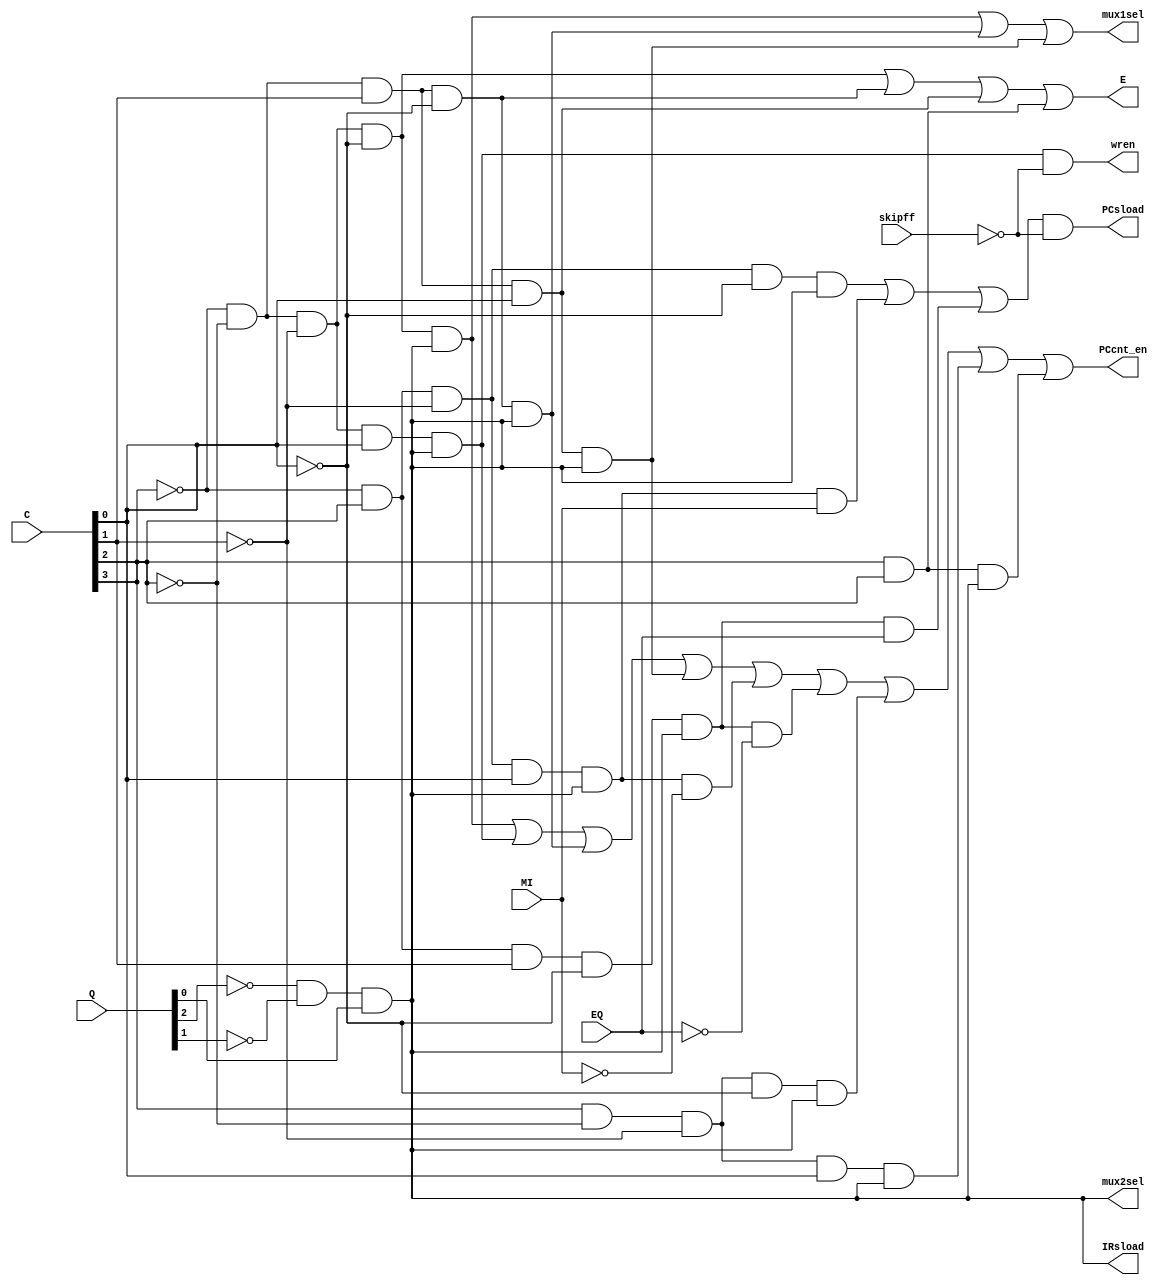
module  controldecoder
(
	input [2:0] Q,	//Q[2]=FETCH,Q[1]=EXEC2,Q[0]=EXEC1
	input [3:0] C,	//opcode for instructions
	input MI,		//MI input
	input EQ,		//EQ input
	input skipff,
	
	output E,
	output mux1sel,
	output mux2sel,
	output IRsload,
	output PCsload,
	output PCcnt_en,
	output wren
);

//====================Instructions====================//
wire lda,sta,add,sub,jmp,jmi,jeq,stp,ldi,lsl,lsr;

assign lda = ~C[3] & ~C[2] & ~C[1] & ~C[0];
assign sta = ~C[3] & ~C[2] & ~C[1] & C[0];
assign add = ~C[3] & ~C[2] & C[1] & ~C[0];
assign sub = ~C[3] & ~C[2] & C[1] & C[0];
assign jmp = ~C[3] & C[2] & ~C[1] & ~C[0];
assign jmi = ~C[3] & C[2] & ~C[1] & C[0];
assign jeq = ~C[3] & C[2] & C[1] & ~C[0];
assign stp = ~C[3] & C[2] & C[1] & C[0];
assign ldi = C[3] & ~C[2] & ~C[1] & ~C[0];
assign lsl = C[3] & ~C[2] & ~C[1] & C[0];
//assign lsr = C[3] & ~C[2] & C[1] & ~C[0];
assign arm = C[3] & C[2];

//=====================OpCode========================//
wire fetch,exec1,exec2;

assign fetch = Q[2] & ~Q[1] & ~Q[0];
assign exec2 = ~Q[2] & Q[1] & ~Q[0];
assign exec1 = ~Q[2] & ~Q[1] & Q[0];
///////////////////////////////////////////////////////
assign E = lda | add | sub | arm;

assign mux1sel = (lda & exec1)|(add & exec1)|(sub & exec1);

assign mux2sel = exec1;

assign IRsload = exec1;

assign PCsload = ((jmp & exec1)|(jmi & exec1 & MI)|(jeq & exec1 & EQ)) & (~skipff);
/////This maybe should be exec2 for 3 cycle instructions??/////
assign PCcnt_en = (lda & exec1)|(sta & exec1)|(add & exec1)|(sub & exec1)|(jmi & exec1 & !MI)|(jeq & exec1 & !EQ)|(ldi & exec1)|(lsl & exec1)|(arm & exec1);

assign wren = (sta & exec1) & (~skipff);

endmodule